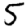
Digit: 5